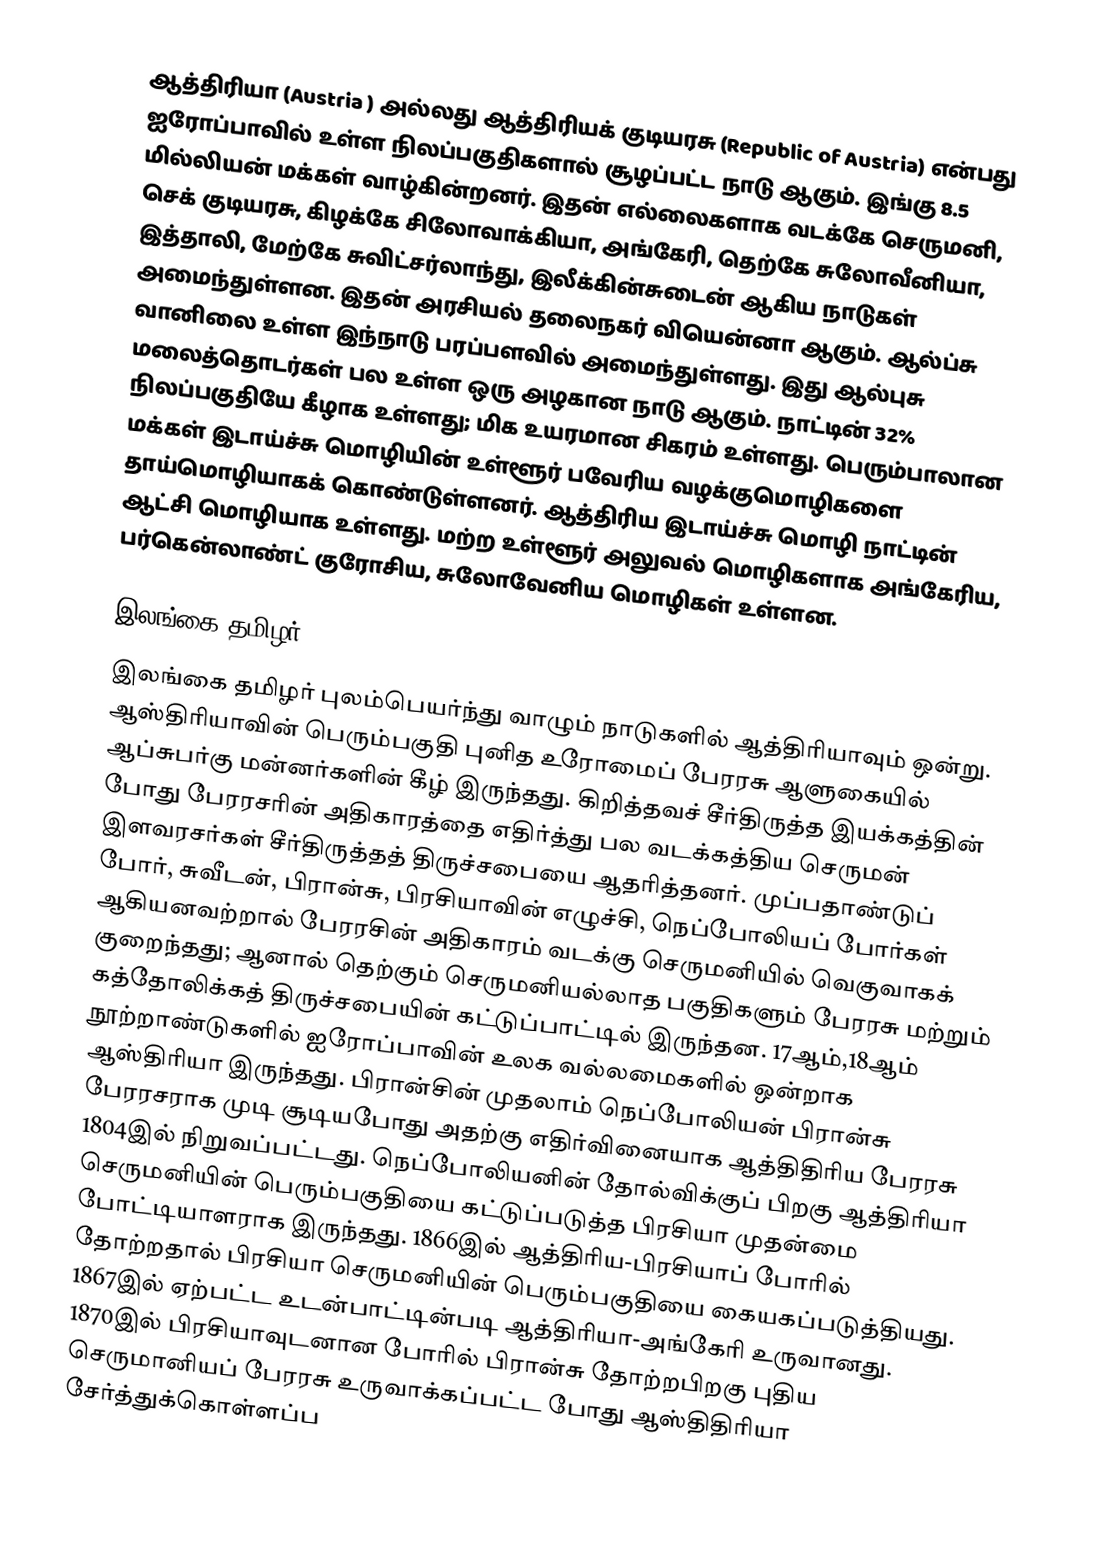
ஆத்திரியா (Austria ) அல்லது ஆத்திரியக் குடியரசு  (Republic of Austria) என்பது ஐரோப்பாவில் உள்ள  நிலப்பகுதிகளால் சூழப்பட்ட  நாடு ஆகும்.  இங்கு 8.5 மில்லியன் மக்கள் வாழ்கின்றனர்.   இதன் எல்லைகளாக வடக்கே செருமனி, செக் குடியரசு, கிழக்கே சிலோவாக்கியா, அங்கேரி, தெற்கே சுலோவீனியா, இத்தாலி, மேற்கே சுவிட்சர்லாந்து, இலீக்கின்சுடைன் ஆகிய நாடுகள் அமைந்துள்ளன. இதன் அரசியல் தலைநகர் வியென்னா ஆகும். ஆல்ப்சு வானிலை உள்ள இந்நாடு  பரப்பளவில் அமைந்துள்ளது. இது ஆல்புசு மலைத்தொடர்கள் பல உள்ள ஒரு அழகான நாடு ஆகும். நாட்டின் 32% நிலப்பகுதியே  கீழாக உள்ளது; மிக உயரமான சிகரம்  உள்ளது. பெரும்பாலான மக்கள்  இடாய்ச்சு மொழியின் உள்ளூர் பவேரிய வழக்குமொழிகளை தாய்மொழியாகக் கொண்டுள்ளனர். ஆத்திரிய இடாய்ச்சு மொழி நாட்டின் ஆட்சி மொழியாக உள்ளது. மற்ற உள்ளூர் அலுவல் மொழிகளாக அங்கேரிய, பர்கென்லாண்ட் குரோசிய, சுலோவேனிய மொழிகள் உள்ளன.

இலங்கை தமிழர்
இலங்கை தமிழர் புலம்பெயர்ந்து வாழும் நாடுகளில் ஆத்திரியாவும் ஒன்று. ஆஸ்திரியாவின் பெரும்பகுதி புனித உரோமைப் பேரரசு ஆளுகையில் ஆப்சுபர்கு மன்னர்களின் கீழ் இருந்தது.  கிறித்தவச் சீர்திருத்த இயக்கத்தின் போது பேரரசரின் அதிகாரத்தை எதிர்த்து பல வடக்கத்திய செருமன் இளவரசர்கள் சீர்திருத்தத் திருச்சபையை ஆதரித்தனர்.    முப்பதாண்டுப் போர், சுவீடன், பிரான்சு,  பிரசியாவின் எழுச்சி, நெப்போலியப் போர்கள் ஆகியனவற்றால் பேரரசின் அதிகாரம் வடக்கு செருமனியில் வெகுவாகக் குறைந்தது; ஆனால் தெற்கும் செருமனியல்லாத பகுதிகளும் பேரரசு மற்றும் கத்தோலிக்கத் திருச்சபையின் கட்டுப்பாட்டில் இருந்தன. 17ஆம்,18ஆம் நூற்றாண்டுகளில் ஐரோப்பாவின் உலக வல்லமைகளில் ஒன்றாக ஆஸ்திரியா இருந்தது.  பிரான்சின் முதலாம் நெப்போலியன் பிரான்சு பேரரசராக முடி சூடியபோது அதற்கு எதிர்வினையாக ஆத்திதிரிய பேரரசு 1804இல் நிறுவப்பட்டது. நெப்போலியனின் தோல்விக்குப் பிறகு  ஆத்திரியா செருமனியின் பெரும்பகுதியை கட்டுப்படுத்த பிரசியா முதன்மை போட்டியாளராக இருந்தது. 1866இல் ஆத்திரிய-பிரசியாப் போரில் தோற்றதால் பிரசியா செருமனியின் பெரும்பகுதியை கையகப்படுத்தியது. 1867இல் ஏற்பட்ட உடன்பாட்டின்படி ஆத்திரியா-அங்கேரி உருவானது.   1870இல் பிரசியாவுடனான போரில் பிரான்சு தோற்றபிறகு புதிய செருமானியப் பேரரசு உருவாக்கப்பட்ட போது ஆஸ்திதிரியா சேர்த்துக்கொள்ளப்ப